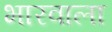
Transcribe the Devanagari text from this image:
भारवाला